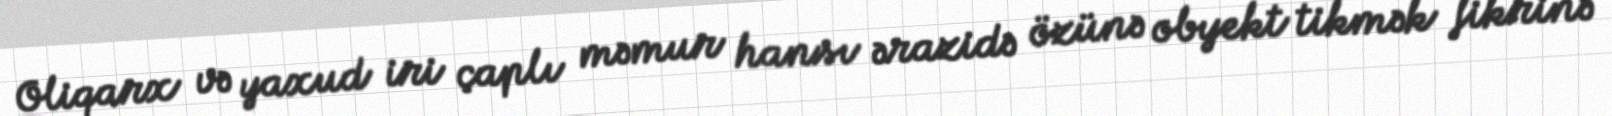
Oliqarx və yaxud iri çaplı məmur hansı ərazidə özünə obyekt tikmək fikrinə